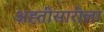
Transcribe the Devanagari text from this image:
अह्तीसारीला